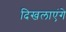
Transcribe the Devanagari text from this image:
दिखलाएंगे